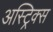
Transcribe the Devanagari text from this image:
अस्ट्रिक्स